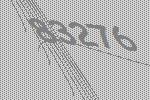
83276